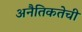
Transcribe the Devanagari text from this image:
अनैतिकतेची